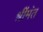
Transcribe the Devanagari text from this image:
श्रींमंत